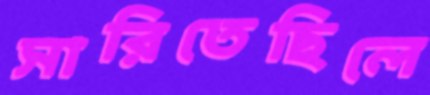
সারিতেছিলে